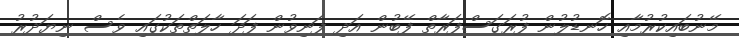
މޭނުބައިކުރުމާއި ހޮނޑުލުން ފުރަގަސްފަރާތް ފޭބުން އަދި ފަނިވުން ފަދަ ހާލަތްތަކުގައި ވެސް ނިޔަދުރު